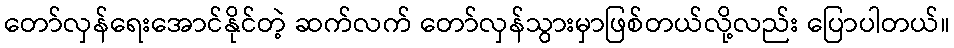
တော်လှန်ရေးအောင်နိုင်တဲ့ ဆက်လက် တော်လှန်သွားမှာဖြစ်တယ်လို့လည်း ပြောပါတယ်။